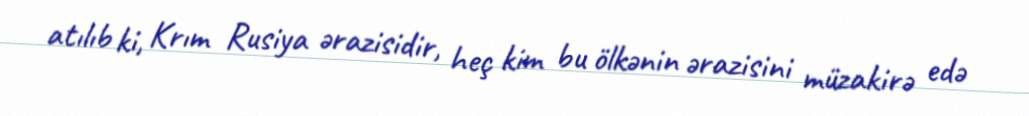
atılıb ki, Krım Rusiya ərazisidir, heç kim bu ölkənin ərazisini müzakirə edə